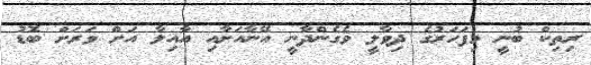
ރިތިކް ބުނީ މިފަހަރުގެ ދިވާލީ ވެގެންދާނީ އޭނާއަށާއި އާއިލާ އަށް ވަރަށް ބޮޑު